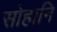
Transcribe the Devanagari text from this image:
सोहानि